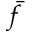
\bar { f }